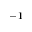
^ { - 1 }